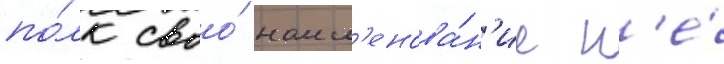
по́лк своо́ наим'енова́н'ие н'е́